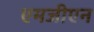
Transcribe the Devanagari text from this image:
एमजीएन